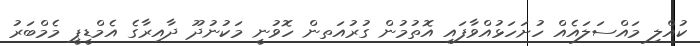
ކުއްލި މައްސަލައެއް ހުށަހަޅުއްވާފައި އޮތުމުން ގުރުއަތން ހޮވުނީ މަކުނުދޫ ދާއިރާގެ އެމްޑީޕީ މެމްބަރު